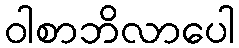
ဝါစာဘိလာပေါ